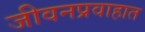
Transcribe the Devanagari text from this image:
जीवनप्रवाहात